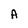
Character: A